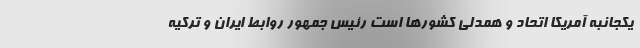
یکجانبه آمریکا اتحاد و همدلی کشورها است رئیس جمهور روابط ایران و ترکیه